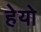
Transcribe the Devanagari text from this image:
हेयो